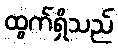
ထွက်ရှိသည်